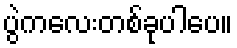
ပွဲကလေးတစ်ခုပါပေ။